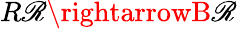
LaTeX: R\mathscr{R}\rightarrowB\mathscr{R}